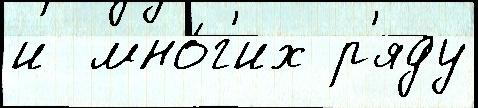
и  мно́г'их р'яду